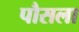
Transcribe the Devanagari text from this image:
पौसला